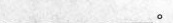
___。